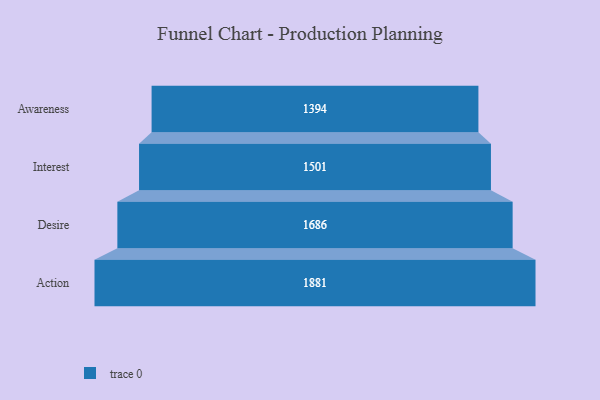
{"axis": {"x": "Stage", "y": "Value"}, "legend": [""], "data": [{"x": "Awareness", "y": 1394.0, "type": ""}, {"x": "Interest", "y": 1501.0, "type": ""}, {"x": "Desire", "y": 1686.0, "type": ""}, {"x": "Action", "y": 1881.0, "type": ""}]}